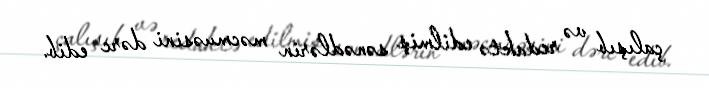
çalışıb və redaktə edilmiş sənədlərin məcmuəsini dərc edib.